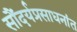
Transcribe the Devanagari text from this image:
सौंदर्यप्रसाधनांत